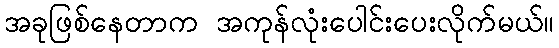
အခုဖြစ်နေတာက အကုန်လုံးပေါင်းပေးလိုက်မယ်။